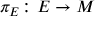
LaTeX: \pi _ { E } \colon E \to M